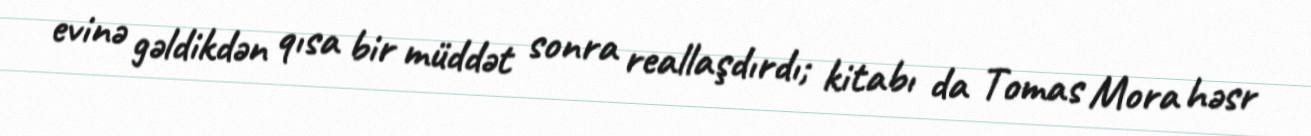
evinə gəldikdən qısa bir müddət sonra reallaşdırdı; kitabı da Tomas Mora həsr